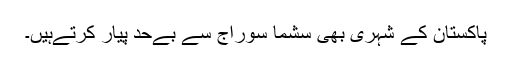
پاکستان کے شہری بھی سشما سوراج سے بےحد پیار کرتےہیں۔